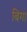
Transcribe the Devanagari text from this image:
बिगा